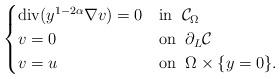
LaTeX: \begin{align*}\begin{cases} \mbox{div}(y^{1-2\alpha}\nabla v)=0 & \mbox{in}\;\;\mathcal C_\Omega\\v=0 & \mbox{on}\;\; \partial_L \mathcal C\\v=u &\mbox{on}\;\; \Omega \times \{y=0\}.\end{cases}\end{align*}